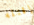
إقتله